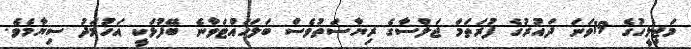
މަޖިލީހުގެ 19ވަނަ ދައުރުގެ ފުރަތަމަ ޖަލްސާގެ ރިޔާސަތުވެސް ބަލަހައްޓަވާނެ ބޭފުޅަކީ އަހުމަދު ސިޔާމެވެ.